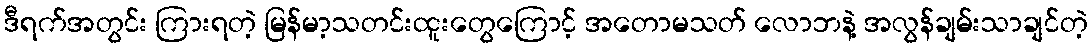
ဒီရက်အတွင်း ကြားရတဲ့ မြန်မာ့သတင်းထူးတွေကြောင့် အတောမသတ် လောဘနဲ့ အလွန်ချမ်းသာချင်တဲ့